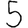
Digit: 5